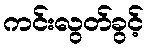
ကင်းလွတ်ခွင့်